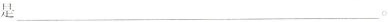
是___.